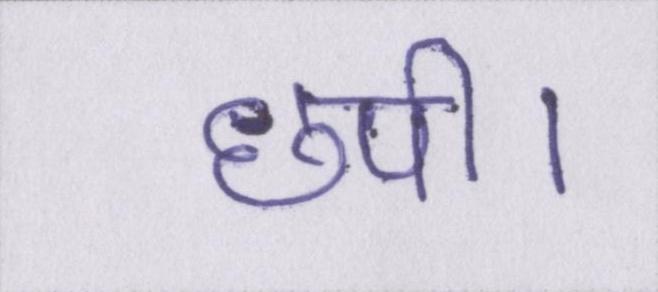
छपी।